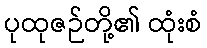
ပုထုဇဉ်တို့၏ ထုံးစံ